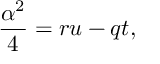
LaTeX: \frac { \alpha ^ { 2 } } { 4 } = r u - q t ,